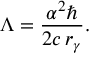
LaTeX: \Lambda = \frac { \alpha ^ { 2 } \hbar } { 2 c \, r _ { \gamma } } .